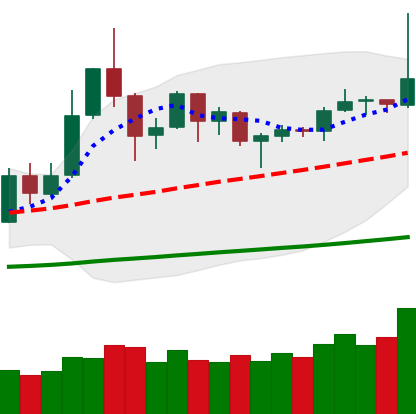
Ticker: DOGE-USD
Chart end date: 2019-05-30
Forward return: -6.63%
Label: down_5_7